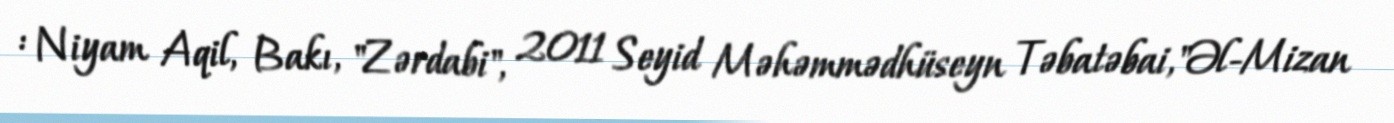
: Niyam Aqil, Bakı, "Zərdabi", 2011 Seyid Məhəmmədhüseyn Təbatəbai,"Əl-Mizan